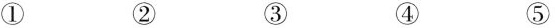
① ② ③ ④ ⑤